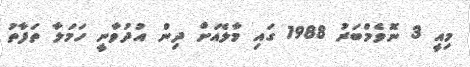
މިއީ 3 ނޮވެމްބަރު 1988 ގައި މާލެއަށް ދިން އުދުވާނީ ހަމަލާ ތަފާތު